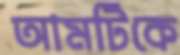
আমটিকে